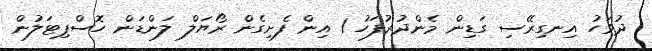
ދުވަހު އިނގިރޭސި ގަޑިން މެންދުރުފަހު 1 އިން ފެށިގެން ރޯޔަލް ލަންޑަން ހޮސްޕިޓަލުން